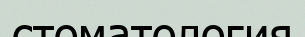
стоматология